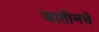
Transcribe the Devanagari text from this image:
जातीमधे